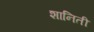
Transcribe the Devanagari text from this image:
शानिती